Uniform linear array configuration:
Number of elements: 24
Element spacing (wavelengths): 0.25
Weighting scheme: exponential
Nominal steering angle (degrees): -60
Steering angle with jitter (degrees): -60.969
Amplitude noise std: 0.05
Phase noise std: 0.05

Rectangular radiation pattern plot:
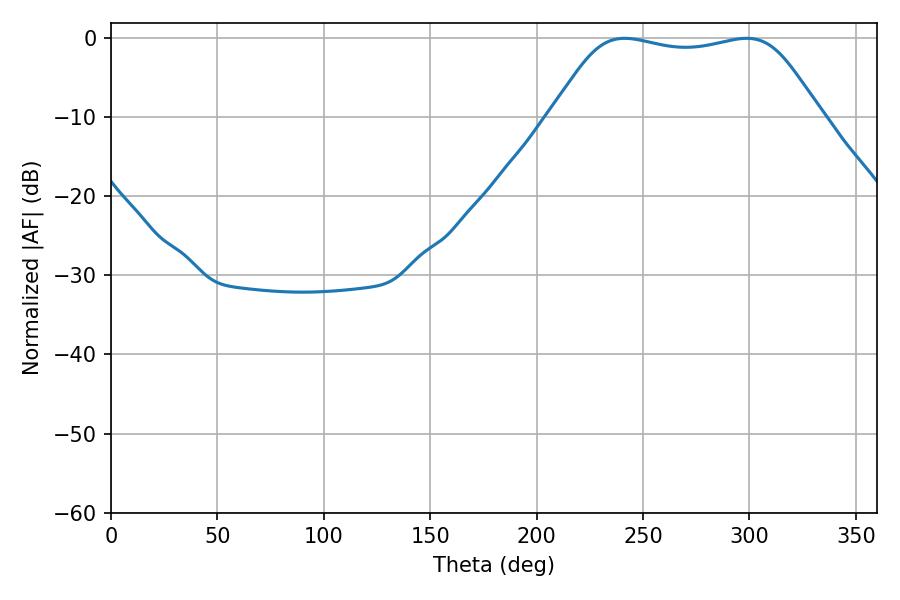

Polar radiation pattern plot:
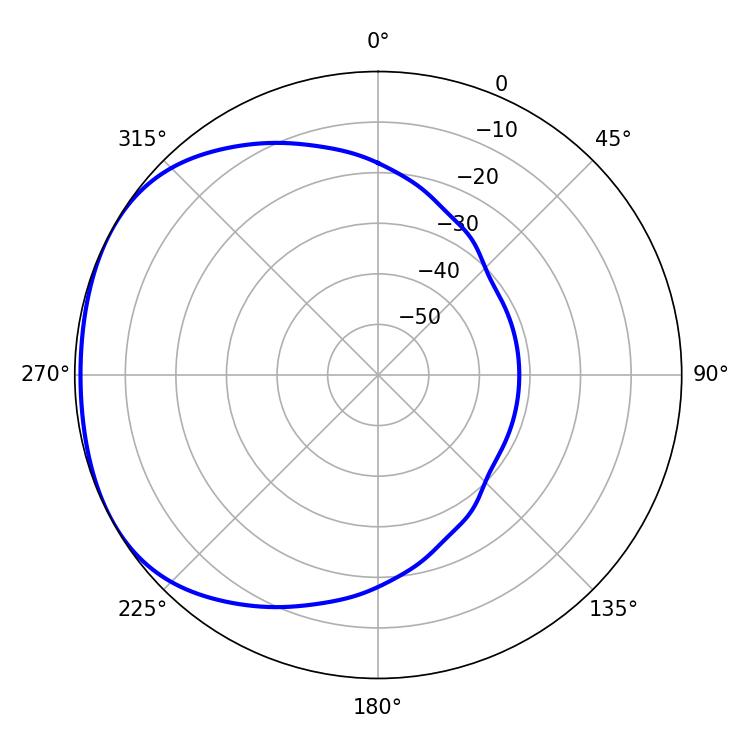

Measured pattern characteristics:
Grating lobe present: FALSE
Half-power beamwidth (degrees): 95.4
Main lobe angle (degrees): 241.38